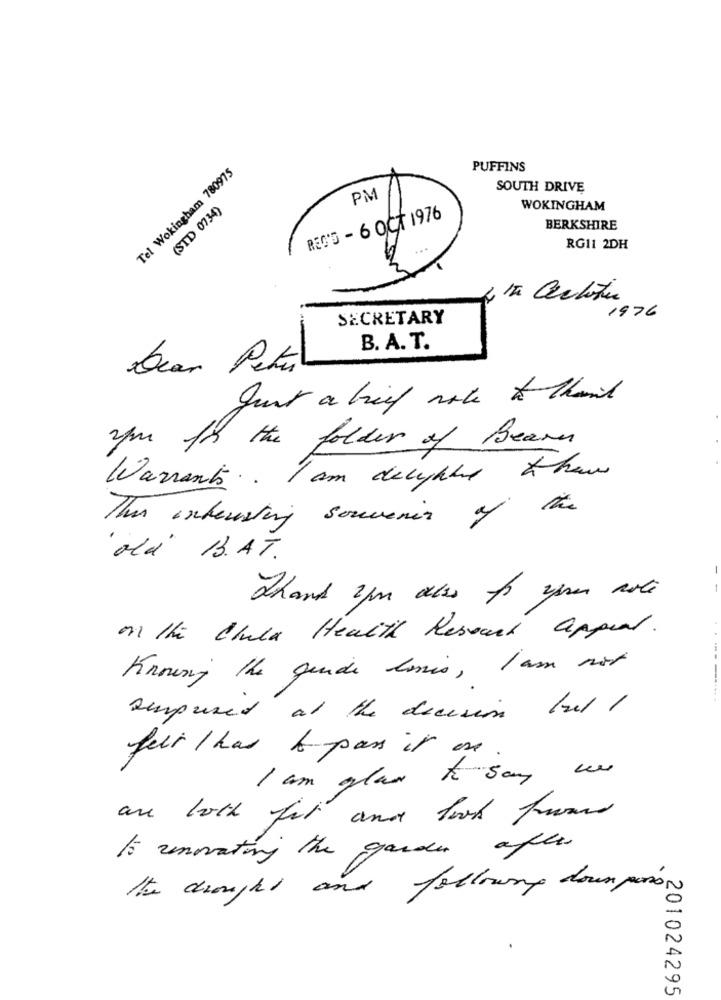
Tel Wokingham 780975
PUFFINS
SOUTH DRIVE
PM
(STD 0734)
WOKINGHAM
REG'S - 6 OCT 1976
BERKSHIRE
RGI1 2DH
1976
SECRETARY
B. A. T.
bear Petich
Just a brief note to thank
you for the folder of Bears
Warrants .. I am delighted than
This interesting souvenir of the
ali B.AT.
-
on the Chula Health Resort appear .
Knowing the gende lomis , I am not
surprised at the decision but I
feit I has & pass it are
I am glad to say we
are both fit and look fromd
Is unovating the garden after
the drought and following down pois,
201024295